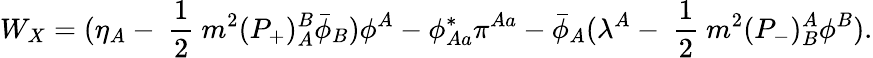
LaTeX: W_{X}=(\eta_{A}-\mathrm{~\frac{1}{2}~}m^{2}(P_{+})_{A}^{B}\bar{\phi}_{B})\phi^{A}-\phi_{Aa}^{*}\pi^{Aa}-\bar{\phi}_{A}(\lambda^{A}-\mathrm{~\frac{1}{2}~}m^{2}(P_{-})_{B}^{A}\phi^{B}).